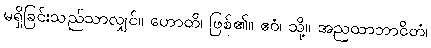
မရှိခြင်းသည်သာလျှင်။ ဟောတိ၊ ဖြစ်၏။ ဧဝံ၊ သို့။ အညထာဘာဝိတံ၊